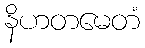
နိဟတမေတံ